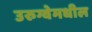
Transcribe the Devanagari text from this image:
उरुग्वेमधील